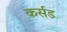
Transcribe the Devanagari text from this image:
कर्सड